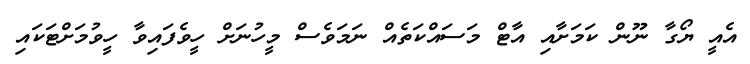
އެއީ ޔޯގާ ނޫން ކަމަށާއި އާޓް މަސައްކަތެއް ނަމަވެސް މީހުނަށް ހީވެފައިވާ ހީވުމަށްޓަކައި